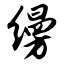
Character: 缦